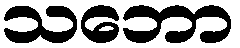
သဘော